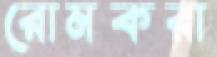
রোমকরা